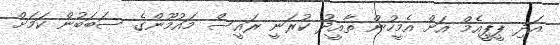
އަދި ޕީޕީއެމް އަށް އެމީހުން ތާއީދު ކުރަނީ ރައީސް މައުމޫންގެ ސަބަބުން ކަމަށް